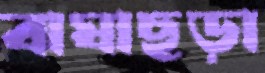
বাঘাছড়া